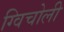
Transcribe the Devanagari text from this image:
ग्विचोली